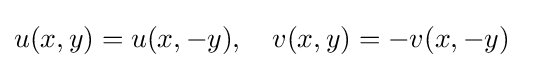
u(x,y)=u(x,-y),\quad v(x,y)=-v(x,-y)\quad